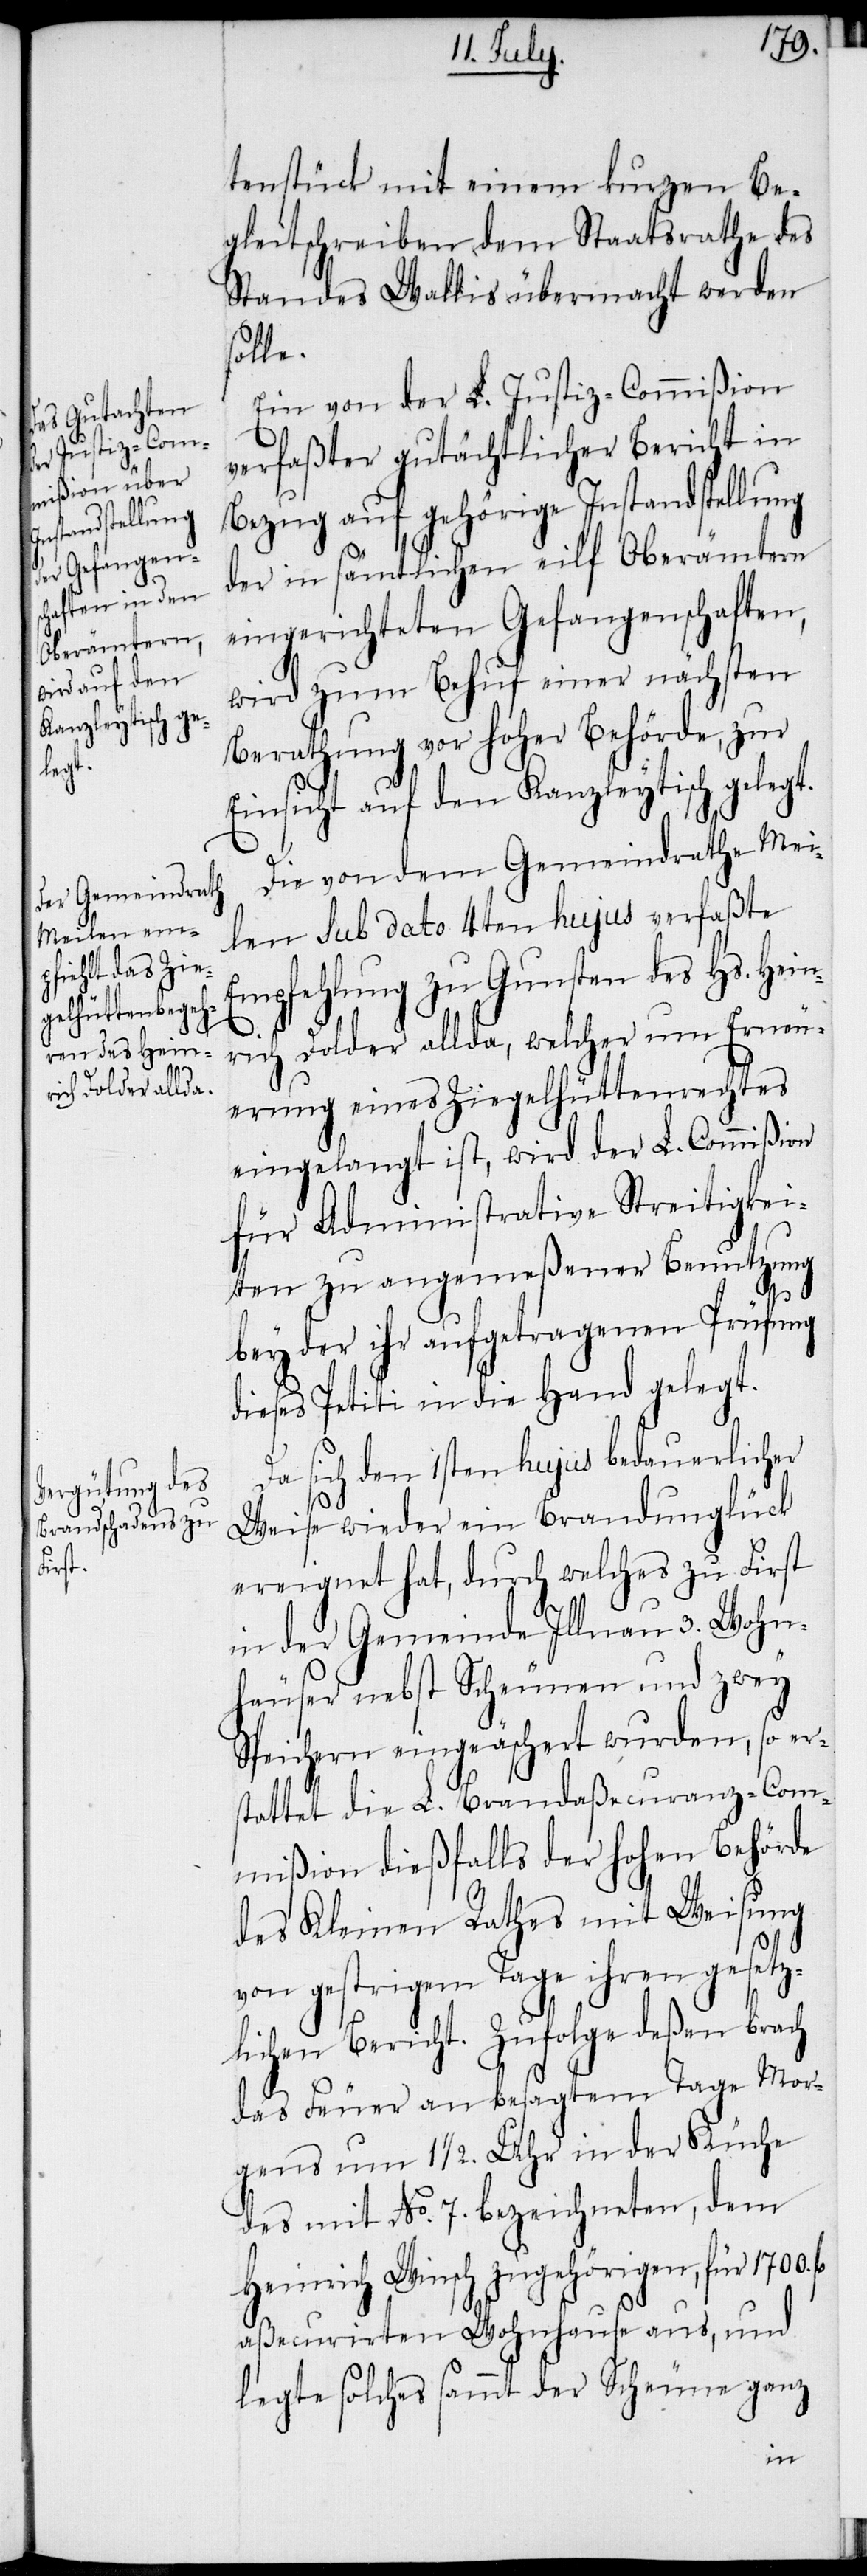
tenstück mit einem kurzen Be¬
gleitschreiben dem Staatsrathe des
Standes Wallis übermacht werden
solle.
Ein von der L. Justiz-Commißion
verfaßter gutächtlicher Bericht in
Bezug auf gehörige Instandstellung
der in sämtlichen eilf Oberämtern
eingerichteten Gefangenschaften,
wird zum Behuf einer nächsten
Berathung vor hoher Behörde, zur
Einsicht auf den Kanzleytisch gelegt.
Die von dem Gemeindrathe Mei¬
len sub dato 4ten hujus verfaßte
Empfehlung zu Gunsten des Hs. Hein¬
rich Dolder allda, welcher um Erneu¬
erung eines Ziegelhüttenrechtes
eingelangt ist, wird der L. Commißion
für Administrative Streitigkei¬
ten zu angemeßener Benutzung
bey der ihr aufgetragenen Prüfung
dieses Petiti in die Hand gelegt.
Da sich den 1sten hujus bedauerlicher
Weise wieder ein Brandunglück
ereignet hat, durch welches zu First
in der Gemeinde Illnau 3. Wohn¬
häuser nebst Scheunen und zwey
Speichern eingeäschert wurden, so ers¬
tattet die L. Brandaßecuranz-Com¬
mißion dießfalls der hohen Behörde
des Kleinen Rathes mit Weisung
von gestrigem Tage ihren gesetz¬
lichen Bericht. Zufolge deßen brach
das Feuer an besagtem Tage Mor¬
gens um 1 ½. Uhr in der Küche
des mit No. 7. bezeichneten, dem
Heinrich Winsch zugehörigen, für 1700.
aßecurirten Wohnhause aus, und
legte solches sammt der Scheune ganz